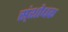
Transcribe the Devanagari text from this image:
स्ंशोधक